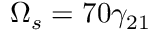
\Omega _ { s } = 7 0 \gamma _ { 2 1 }